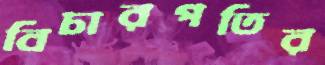
বিচারপতির